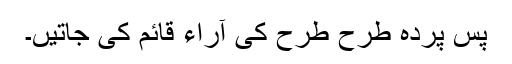
پس پردہ طرح طرح کی آراء قائم کی جاتیں۔